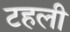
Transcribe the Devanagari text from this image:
टहली